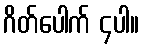
ဂိတ်ပေါက် ၄ပါ။